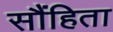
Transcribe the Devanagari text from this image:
सौंहिता